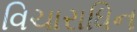
વિચારાધિન